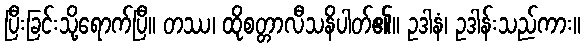
ပြီးခြင်းသို့ရောက်ပြီ။ တဿ၊ ထိုစတ္တာလီသနိပါတ်၏။ ဥဒါနံ၊ ဥဒါန်းသည်ကား။